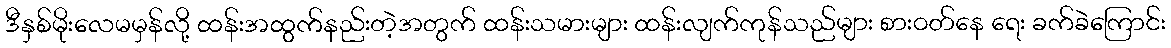
ဒီနှစ်မိုးလေမမှန်လို့ ထန်းအထွက်နည်းတဲ့အတွက် ထန်းသမားများ ထန်းလျက်ကုန်သည်များ စားဝတ်နေ ရေး ခက်ခဲကြောင်း